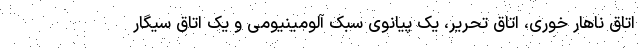
اتاق ناهار خوری، اتاق تحریر، یک پیانوی سبک آلومینیومی و یک اتاق سیگار